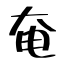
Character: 奄